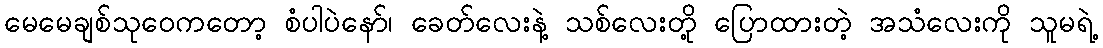
မေမေချစ်သုဝေကတော့ စံပါပဲနော်၊ ခေတ်လေးနဲ့ သစ်လေးတို့ ပြောထားတဲ့ အသံလေးကို သူမရဲ့